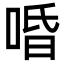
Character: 㖧